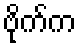
ဗိုက်က